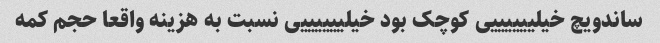
ساندویچ خیلییییییی کوچک بود خیلییییییی نسبت به هزینه واقعا حجم کمه